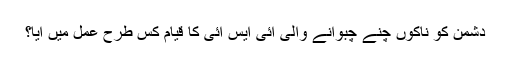
دشمن کو ناکوں چنے چبوانے والی آئی ایس آئی کا قیام کس طرح عمل میں آیا؟